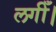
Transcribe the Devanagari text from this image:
लगीँ।